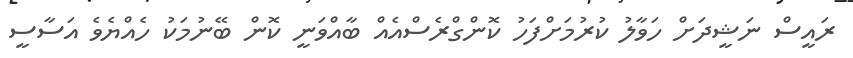
ރައީސް ނަޝީދަށް ހަވާލު ކުރުމަށްފަހު ކޮންގްރެސްއެއް ބާއްވަނީ ކޮން ބޭނުމަކު ހެއްޔެވެ އަސާސީ